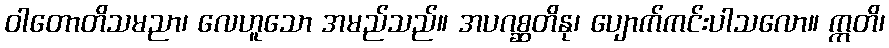
ဝါတောတိသမညာ၊ လေဟူသော အမည်သည်။ အပဂစ္ဆတိနု၊ ပျောက်ကင်းပါသလော။ ဣတိ၊